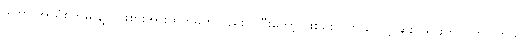
ဒါဟာ အာရုံစိုက်မှု နဲ့ ကြိုးစားအားထုတ်မှုကိုလည်း ပိုပြီးတော့ ဖြစ်စေပါတယ် လို့ ဆိုးလ်ရှားက ပြောပါတယ်။